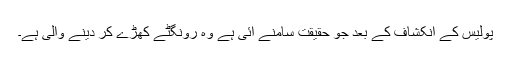
پولیس کے انکشاف کے بعد جو حقیقت سامنے آئی ہے وہ رونگٹے کھڑے کر دینے والی ہے۔